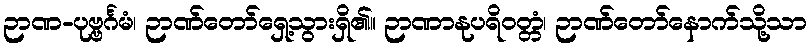
ဉာဏ-ပုဗ္ဗင်္ဂမံ၊ ဉာဏ်တော်ရှေ့သွားရှိ၏။ ဉာဏာနုပရိဝတ္တံ၊ ဉာဏ်တော်နောက်သို့သာ